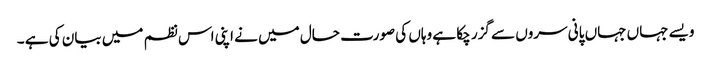
ویسے جہاں جہاں پانی سروں سے گزر چکا ہے وہاں کی صورت حال میں نے اپنی اس نظم میں بیان کی ہے ۔